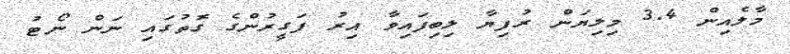
މާލެއިން 3.4 މިލިޔަން ރުފިޔާ ލިބިފައިވާ އިރު ފަގީރުންގެ ގޮތުގައި ނަން ނޯޓު